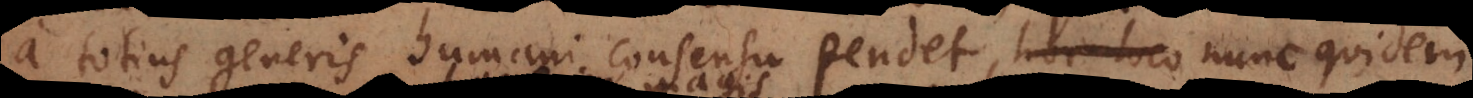
a totius generis humani consensu pendet, hoc loco nunc quidem